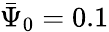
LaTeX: \bar{\Psi}_{0}=0.1